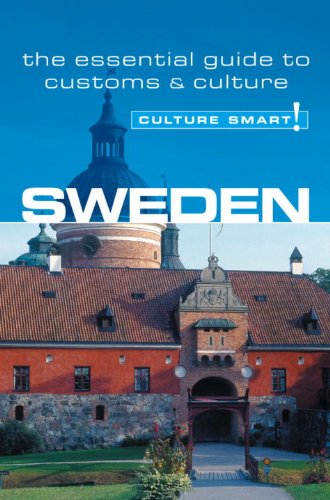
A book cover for Sweden - Culture Smart!: the essential guide to customs & culture; Charlotte J. DeWitt; Travel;